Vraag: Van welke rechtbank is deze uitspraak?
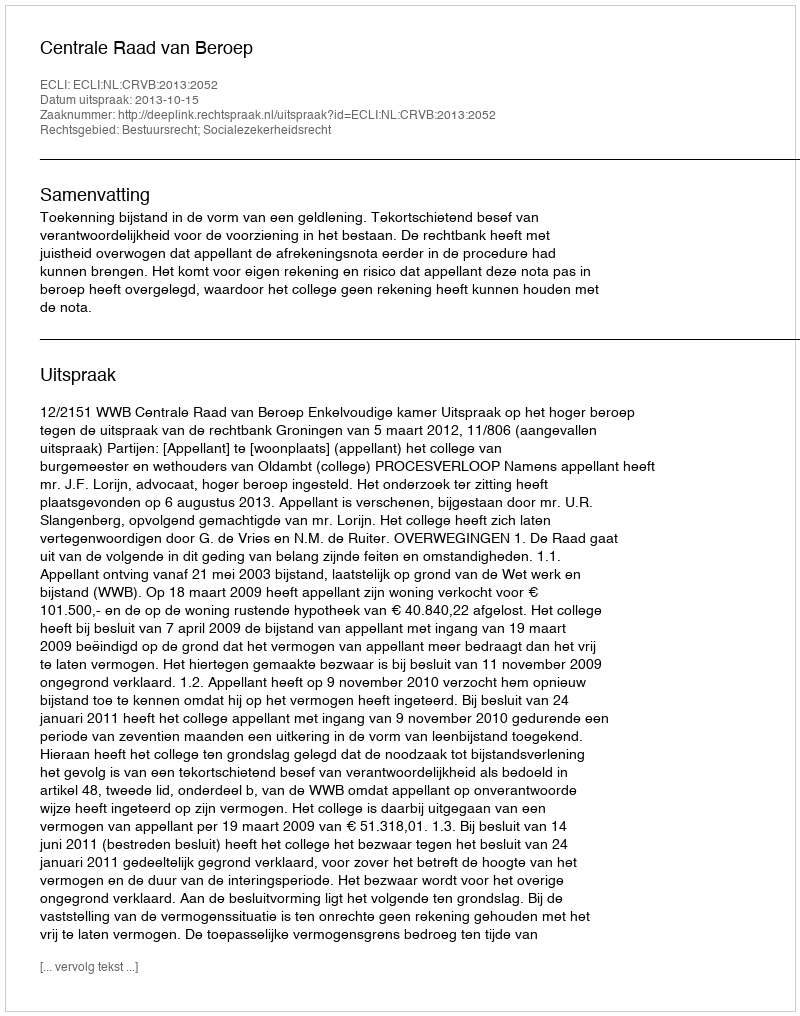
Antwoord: Centrale Raad van Beroep